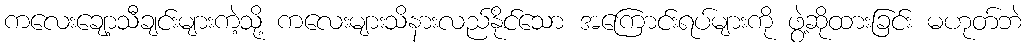
ကလေးချော့သီချင်းများကဲ့သို့ ကလေးများသိနားလည်နိုင်သော အကြောင်းရပ်များကို ဖွဲ့ဆိုထားခြင်း မဟုတ်ဘဲ